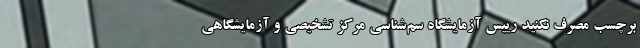
برچسب مصرف نکنید رییس آزمایشگاه سم‌شناسی مرکز تشخیصی و آزمایشگاهی